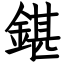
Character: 鍖